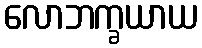
လောဘက္ခယာယ